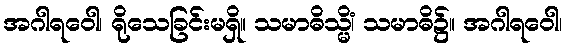
အဂါရဝေါ၊ ရိုသေခြင်းမရှိ။ သမာဓိသ္မိံ၊ သမာဓိ၌။ အဂါရဝေါ၊